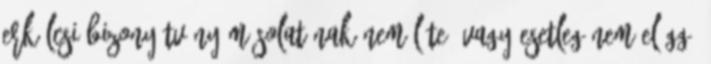
erkölcsi bizonyítvány másolatának nem léte, vagy esetleg nem eléggé